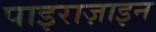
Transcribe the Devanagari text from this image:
पाइराज़ाइन